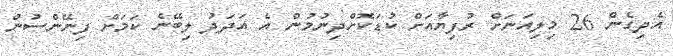
އެދިގެން 26 މިލިއަނަށް ރުފިޔާއަށް ކުޑަކޮށްދިނުމުން އެ އަދަދު ލިބޭނެ ކަމަށް ފިނޭންސުން